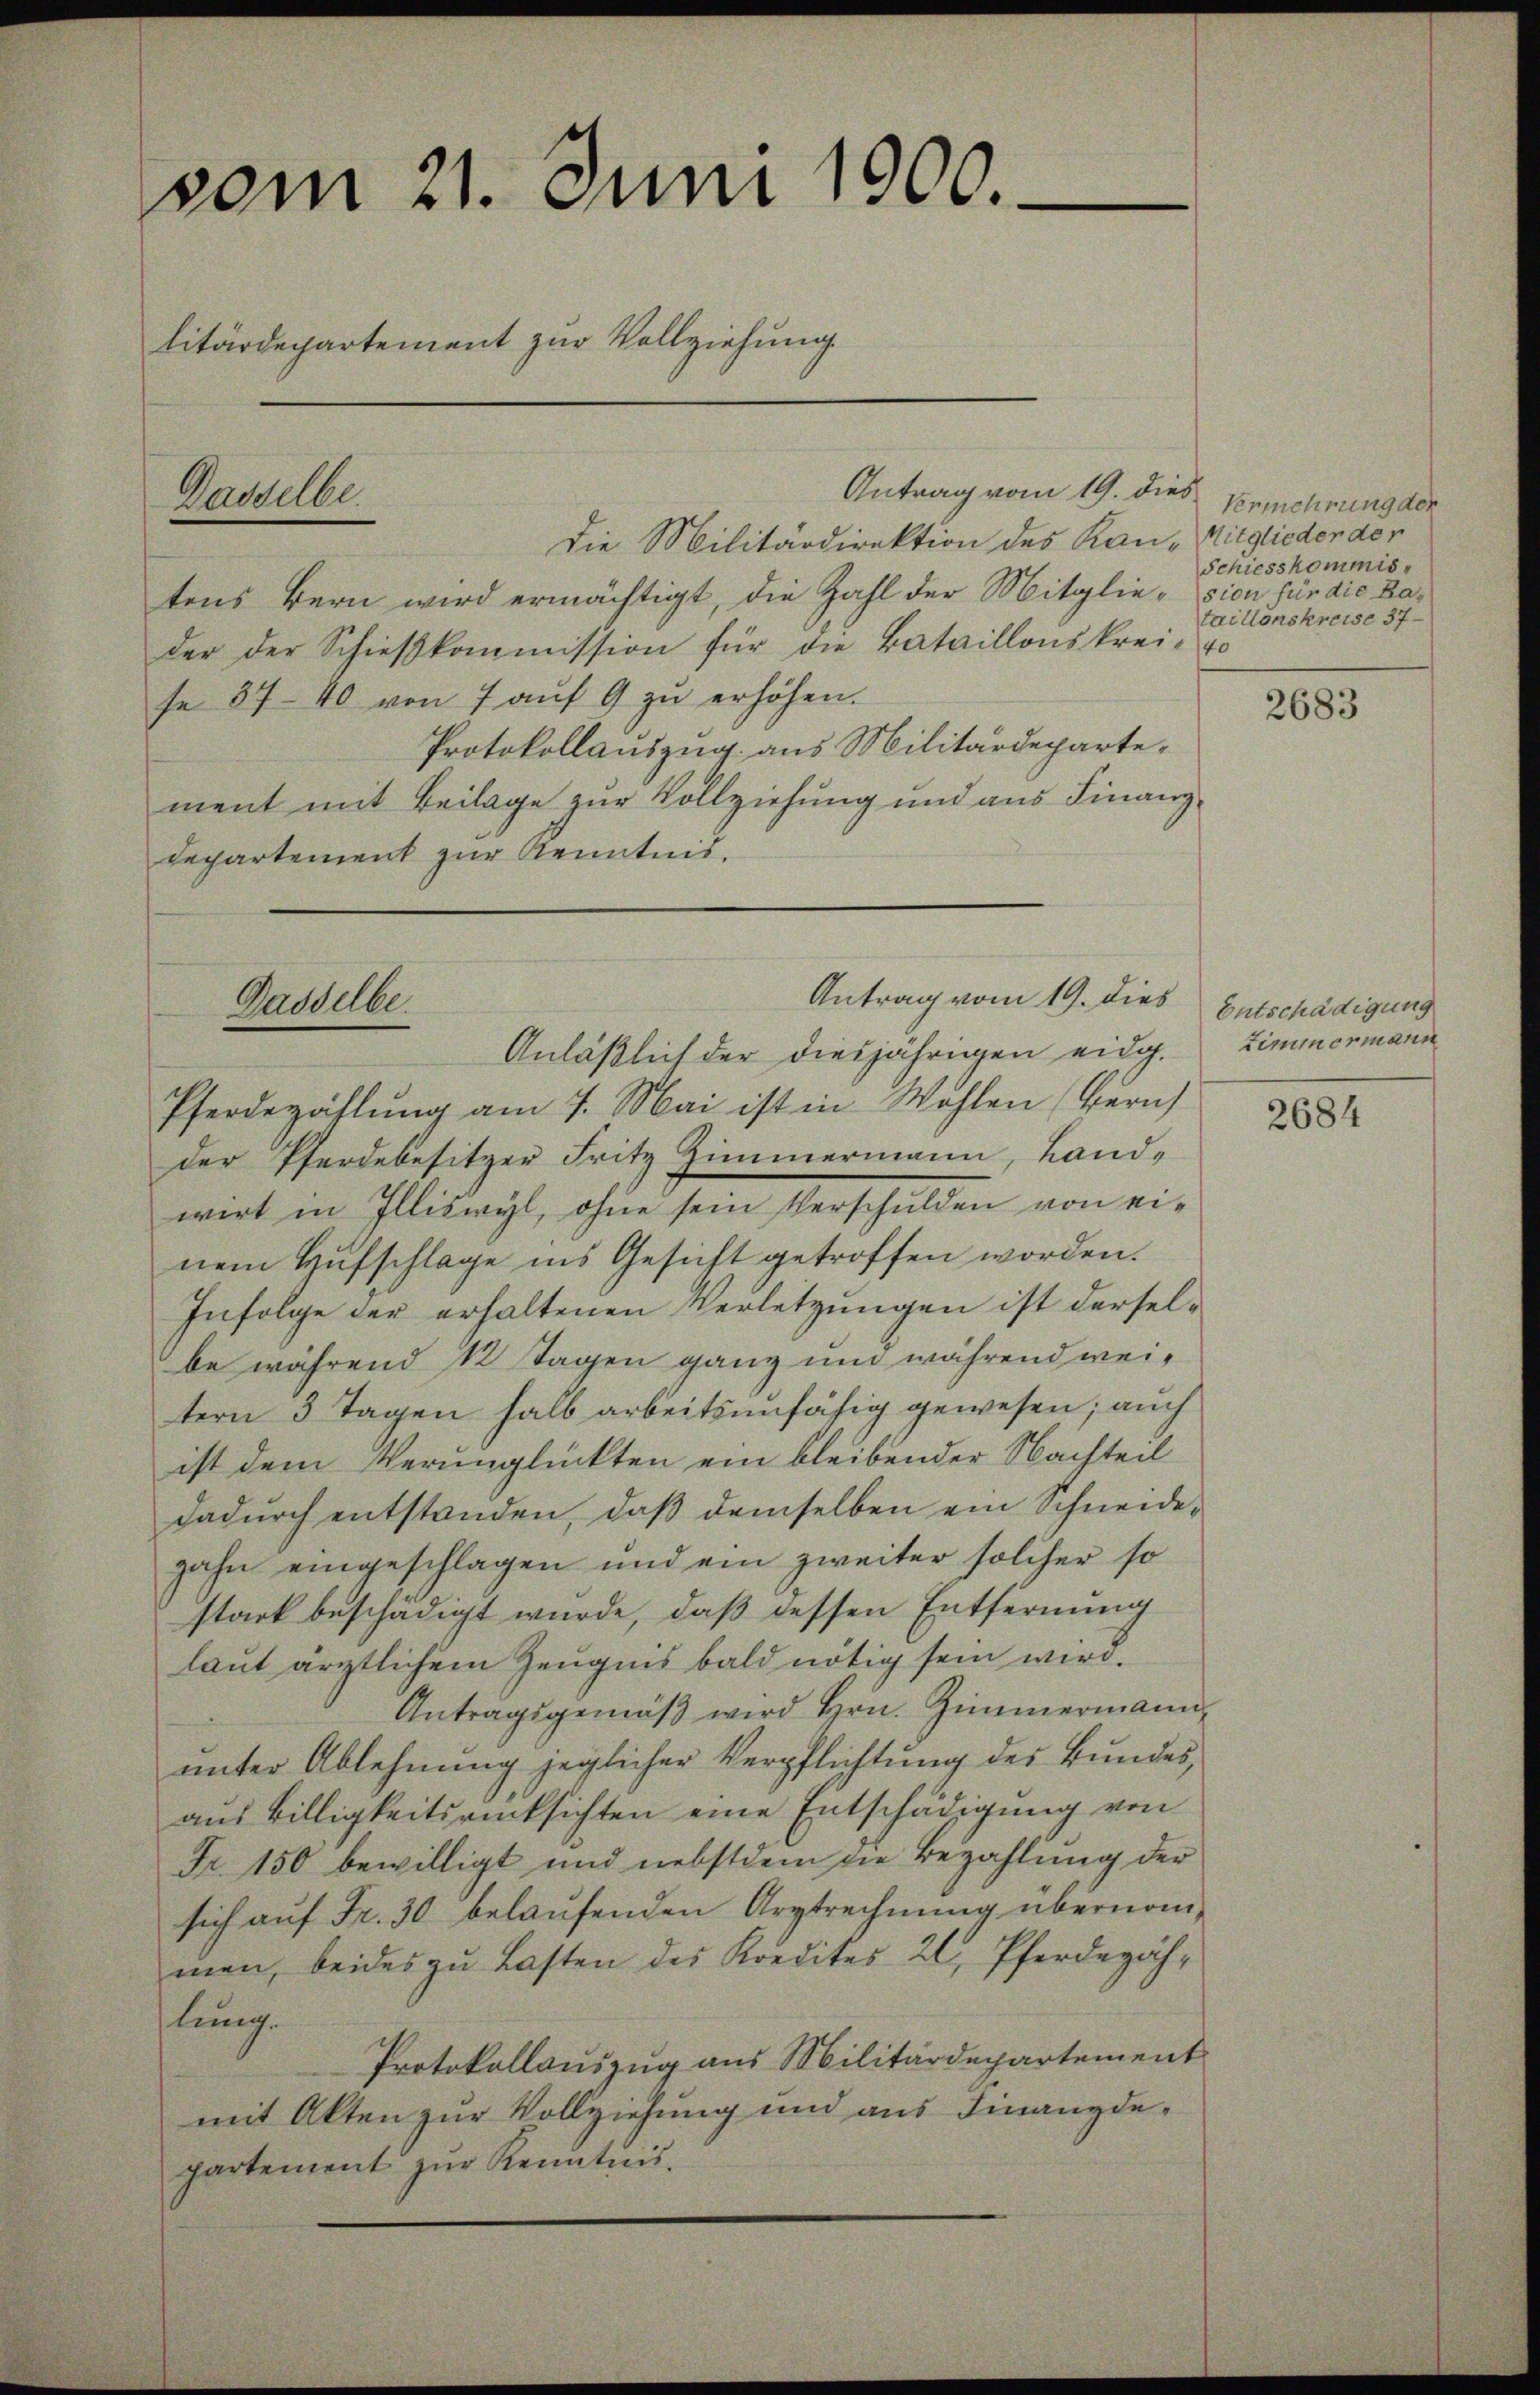
vom 21. Juni 1900.
litärdepartement zur Vollziehung.

Antrag vom 19. dies
Die Militärdirektion des Kan-Mitglieder den
tens Bern wird ermächtigt, die Zahl der Mitglieder der Schieβkommission für die Bataillonskrei- o
se 87-40 von 7 aŭf 9 zu erhöhen.
Protokollauszug aus Militärdepartement mit Beilage zur Vollziehung und aus Finanz¬
Departement zur Kenntnis.

Dasselbe

Gasselbe.

Antrag vom 19. dies Entschädigung

Vermehrung der
Schiesskommis
sion für die Bataillonskreise 37

Anläßlich der diesjährigen eidg.
Pferdezählŭng am 7. Mai ist in Wohlen (Bern
der Pferdebesitzer Fritz Zimmermann, Land-
wirt in Illiswyl, ohne sein Verschulden von einem Hufschlage ins Gesicht getroffen worden.
Infolge der erhaltenen Verletzungen ist derselbe während 12 Tagen ganz und während weitern 3 Tagen halb arbeitsunfähig gewesen; auch
ist dem Verunglückten ein bleibender Nachteil
dadŭrch entstanden, daβ demselben ein Schneidezahn eingeschlagen und ein zweiter solcher so
stark beschädigt wurde, daß dessen Entfernung
laut ärztlichem Zeugnis bald nötig sein wird.
Antragsgemäβ wird Hrn. Zimmermann,
unter Ablehnung jeglicher Verpflichtung des Bundes,
aus Billigkeitsrücksichten eine Entschädigung von
Fr. 150 bewilligt und nebstdem die Bezahlung der
sich auf Fr. 30 belaufenden Argtrechnung übernommen, beides zu Lasten des Kredites 20 Pferdezählung.
Protokollauszug aus Militärdepartement
mit Akten zur Vollziehung und aus Finanzdepartement zŭr Kenntnis.

2683

Zimmermann

2684